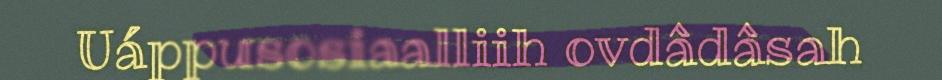
Uáppusosiaalliih ovdâdâsah